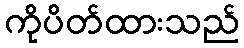
ကိုပိတ်ထားသည်